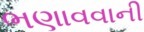
ભણાવવાની